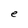
Character: e